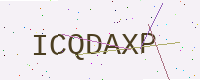
Text: ICQDAXP